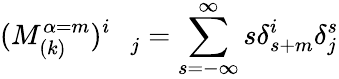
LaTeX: (M_{(k)}^{\alpha=m})_{\quad j}^{i}=\sum_{s=-\infty}^{\infty}s\delta_{s+m}^{i}\delta_{j}^{s}